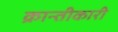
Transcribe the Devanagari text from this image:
क्रान्तीकारी